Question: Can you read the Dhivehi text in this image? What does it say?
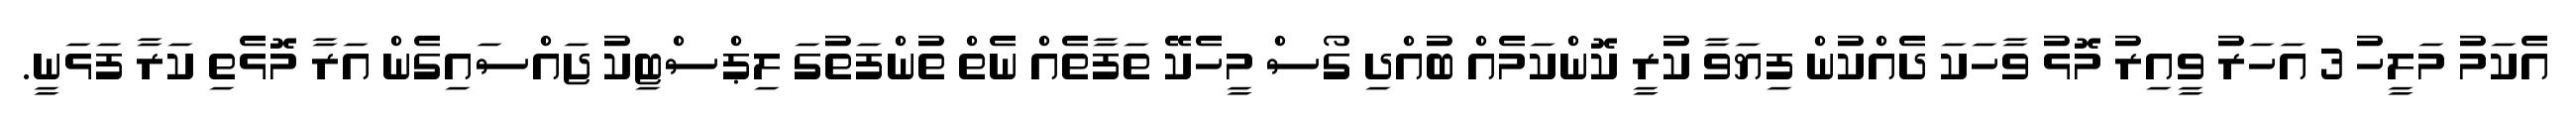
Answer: އެކަމު މަލީހު 3 އަހަރު ވީއިރު މޮޅު ވާހަކަ ދެއްކުން ފިޔަވާ ކުރީ ކޮންކަމެއް ބުއްދި ގޯސް މީހެކޭ ތަފާތެއް ނެތް ތުންފަތުގަ ލިޕްސްޓިކު ޖައްސައިގެން އަރާ މޮޅެތި ކަރާ ފަޅަނީ.